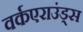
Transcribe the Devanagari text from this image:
वर्कएराउंड्स